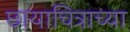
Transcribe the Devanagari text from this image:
छायाचित्राच्या